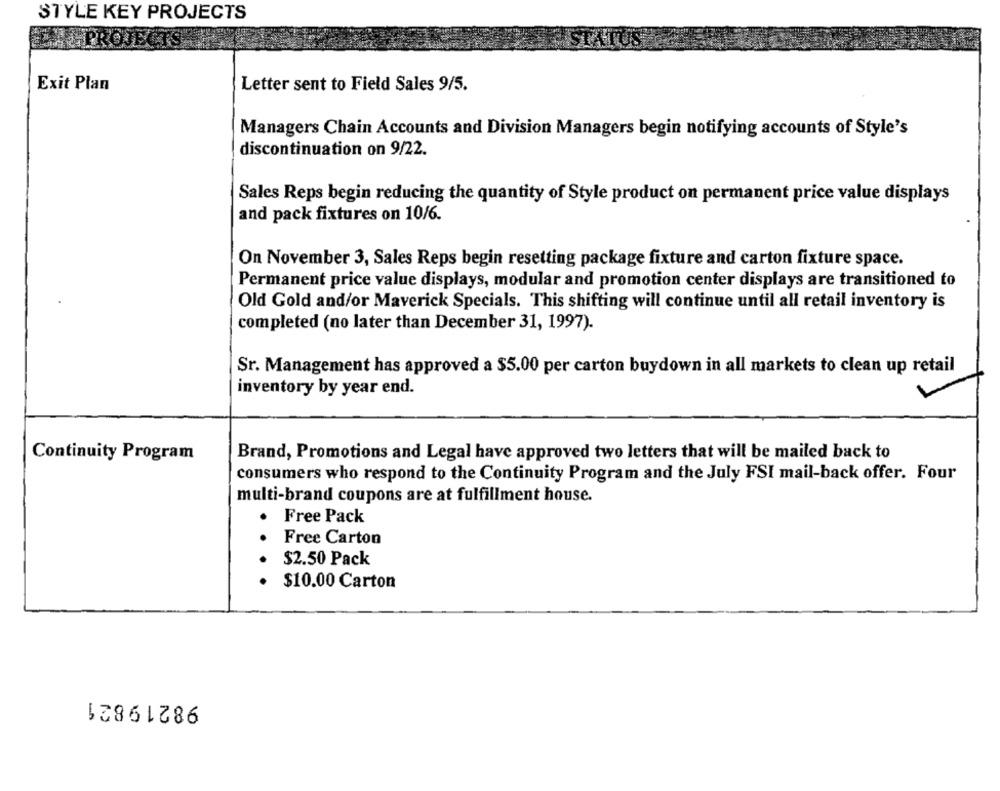
STYLE KEY PROJECTS
Exit Plan
Letter sent to Field Sales 9/5.
Managers Chain Accounts and Division Managers begin notifying accounts of Style's
discontinuation on 9/22.
Sales Reps begin reducing the quantity of Style product on permanent price value displays
and pack fixtures on 10/6.
On November 3, Sales Reps begin resetting package fixture and carton fixture space.
Permanent price value displays, modular and promotion center displays are transitioned to
Old Gold and/or Maverick Specials. This shifting will continue until all retail inventory is
completed (no later than December 31, 1997).
Sr. Management has approved a $5.00 per carton buydown in all markets to clean up retail
inventory by year end.
Continuity Program
Brand, Promotions and Legal have approved two letters that will be mailed back to
consumers who respond to the Continuity Program and the July FSI mail-back offer. Four
multi-brand coupons are at fulfillment house.
Free Pack
Free Carton
$2.50 Pack
. . .
$10.00 Carton
98219821